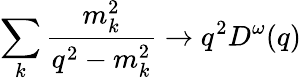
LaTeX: \sum_{k}\frac{m_{k}^{2}}{q^{2}-m_{k}^{2}}\rightarrow q^{2}D^{\omega}(q)